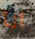
انا